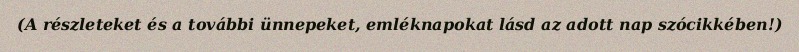
(A részleteket és a további ünnepeket, emléknapokat lásd az adott nap szócikkében!)